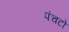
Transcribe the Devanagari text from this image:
पंचटो